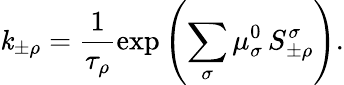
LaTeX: \mathit{k}_{\pm\rho}=\frac{{1}}{{\tau_{\rho}}}\exp\left(\sum_{\sigma}\mu_{\sigma}^{0}\, S_{\pm\rho}^{\sigma}\right).